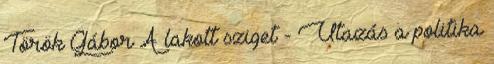
Török Gábor A lakott sziget - Utazás a politika